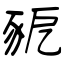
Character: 豟